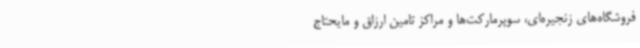
فروشگاه‌های زنجیره‌ای، سوپرمارکت‌ها و مراکز تامین ارزاق و مایحتاج